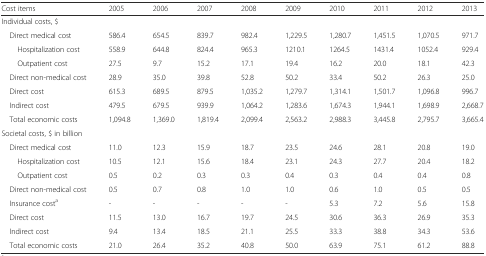
<table><thead><tr><td><b>Cost items</b></td><td><b>2005</b></td><td><b>2006</b></td><td><b>2007</b></td><td><b>2008</b></td><td><b>2009</b></td><td><b>2010</b></td><td><b>2011</b></td><td><b>2012</b></td><td><b>2013</b></td></tr></thead><tbody><tr><td colspan="10">Individual costs, $</td></tr><tr><td> Direct medical cost</td><td>586.4</td><td>654.5</td><td>839.7</td><td>982.4</td><td>1,229.5</td><td>1,280.7</td><td>1,451.5</td><td>1,070.5</td><td>971.7</td></tr><tr><td>Hospitalization cost</td><td>558.9</td><td>644.8</td><td>824.4</td><td>965.3</td><td>1210.1</td><td>1264.5</td><td>1431.4</td><td>1052.4</td><td>929.4</td></tr><tr><td>Outpatient cost</td><td>27.5</td><td>9.7</td><td>15.2</td><td>17.1</td><td>19.4</td><td>16.2</td><td>20.0</td><td>18.1</td><td>42.3</td></tr><tr><td> Direct non-medical cost</td><td>28.9</td><td>35.0</td><td>39.8</td><td>52.8</td><td>50.2</td><td>33.4</td><td>50.2</td><td>26.3</td><td>25.0</td></tr><tr><td> Direct cost</td><td>615.3</td><td>689.5</td><td>879.5</td><td>1,035.2</td><td>1,279.7</td><td>1,314.1</td><td>1,501.7</td><td>1,096.8</td><td>996.7</td></tr><tr><td> Indirect cost</td><td>479.5</td><td>679.5</td><td>939.9</td><td>1,064.2</td><td>1,283.6</td><td>1,674.3</td><td>1,944.1</td><td>1,698.9</td><td>2,668.7</td></tr><tr><td> Total economic costs</td><td>1,094.8</td><td>1,369.0</td><td>1,819.4</td><td>2,099.4</td><td>2,563.2</td><td>2,988.3</td><td>3,445.8</td><td>2,795.7</td><td>3,665.4</td></tr><tr><td colspan="10">Societal costs, $ in billion</td></tr><tr><td> Direct medical cost</td><td>11.0</td><td>12.3</td><td>15.9</td><td>18.7</td><td>23.5</td><td>24.6</td><td>28.1</td><td>20.8</td><td>19.0</td></tr><tr><td>Hospitalization cost</td><td>10.5</td><td>12.1</td><td>15.6</td><td>18.4</td><td>23.1</td><td>24.3</td><td>27.7</td><td>20.4</td><td>18.2</td></tr><tr><td>Outpatient cost</td><td>0.5</td><td>0.2</td><td>0.3</td><td>0.3</td><td>0.4</td><td>0.3</td><td>0.4</td><td>0.4</td><td>0.8</td></tr><tr><td> Direct non-medical cost</td><td>0.5</td><td>0.7</td><td>0.8</td><td>1.0</td><td>1.0</td><td>0.6</td><td>1.0</td><td>0.5</td><td>0.5</td></tr><tr><td> Insurance cost<sup>a</sup></td><td>-</td><td>-</td><td>-</td><td>-</td><td>-</td><td>5.3</td><td>7.2</td><td>5.6</td><td>15.8</td></tr><tr><td> Direct cost</td><td>11.5</td><td>13.0</td><td>16.7</td><td>19.7</td><td>24.5</td><td>30.6</td><td>36.3</td><td>26.9</td><td>35.3</td></tr><tr><td> Indirect cost</td><td>9.4</td><td>13.4</td><td>18.5</td><td>21.1</td><td>25.5</td><td>33.3</td><td>38.8</td><td>34.3</td><td>53.6</td></tr><tr><td> Total economic costs</td><td>21.0</td><td>26.4</td><td>35.2</td><td>40.8</td><td>50.0</td><td>63.9</td><td>75.1</td><td>61.2</td><td>88.8</td></tr></tbody></table>